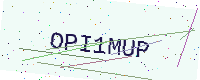
Text: OPI1MUP